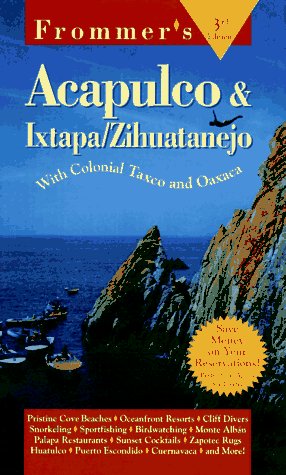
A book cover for Frommer's Acapulco and Ixtapa/Zihuatenejo; Marita Adair; Travel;